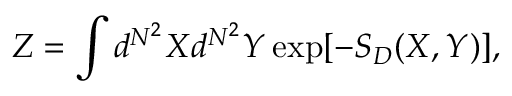
Z = \int d ^ { N ^ { 2 } } X d ^ { N ^ { 2 } } Y \exp [ - S _ { D } ( X , Y ) ] ,